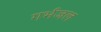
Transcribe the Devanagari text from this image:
गर्भजल